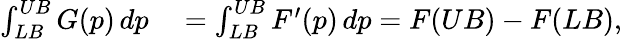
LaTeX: \begin{array}{rl}{\int_{LB}^{UB}G(p)\, dp}&{{}=\int_{LB}^{UB}F^{\prime}(p)\, dp=F(UB)-F(LB),}\end{array}